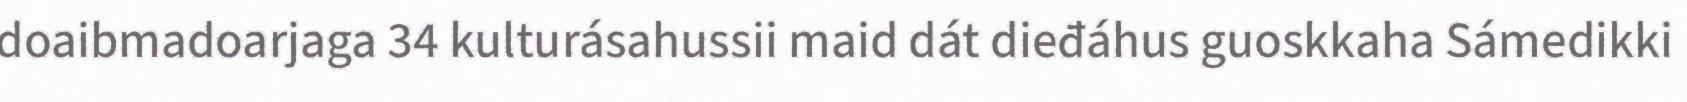
doaibmadoarjaga 34 kulturásahussii maid dát dieđáhus guoskkaha Sámedikki